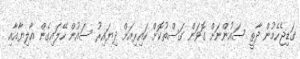
ގަޑިޖެހެމުން ދާތީ ސައުންނަށް ގޮވަން ގަސްތުކޮށް ކައިރިއަށް ދިޔައިރު ސައުން ހޭލައިގެން އާލިޔާއާއި